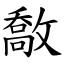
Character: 敿